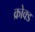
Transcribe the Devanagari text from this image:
क्रोक्ड